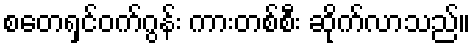
စတေရှင်ဝက်ဂွန်း ကားတစ်စီး ဆိုက်လာသည်။